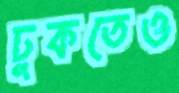
ঢুকতেও